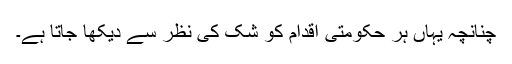
چنانچہ یہاں ہر حکومتی اقدام کو شک کی نظر سے دیکھا جاتا ہے۔